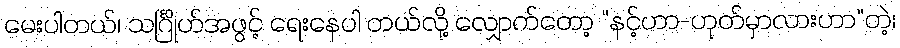
မေးပါတယ်၊ သင်္ဂြိုဟ်အဖွင့် ရေးနေပါ တယ်လို့ လျှောက်တော့ “နင့်ဟာ-ဟုတ်မှာလားဟာ”တဲ့၊